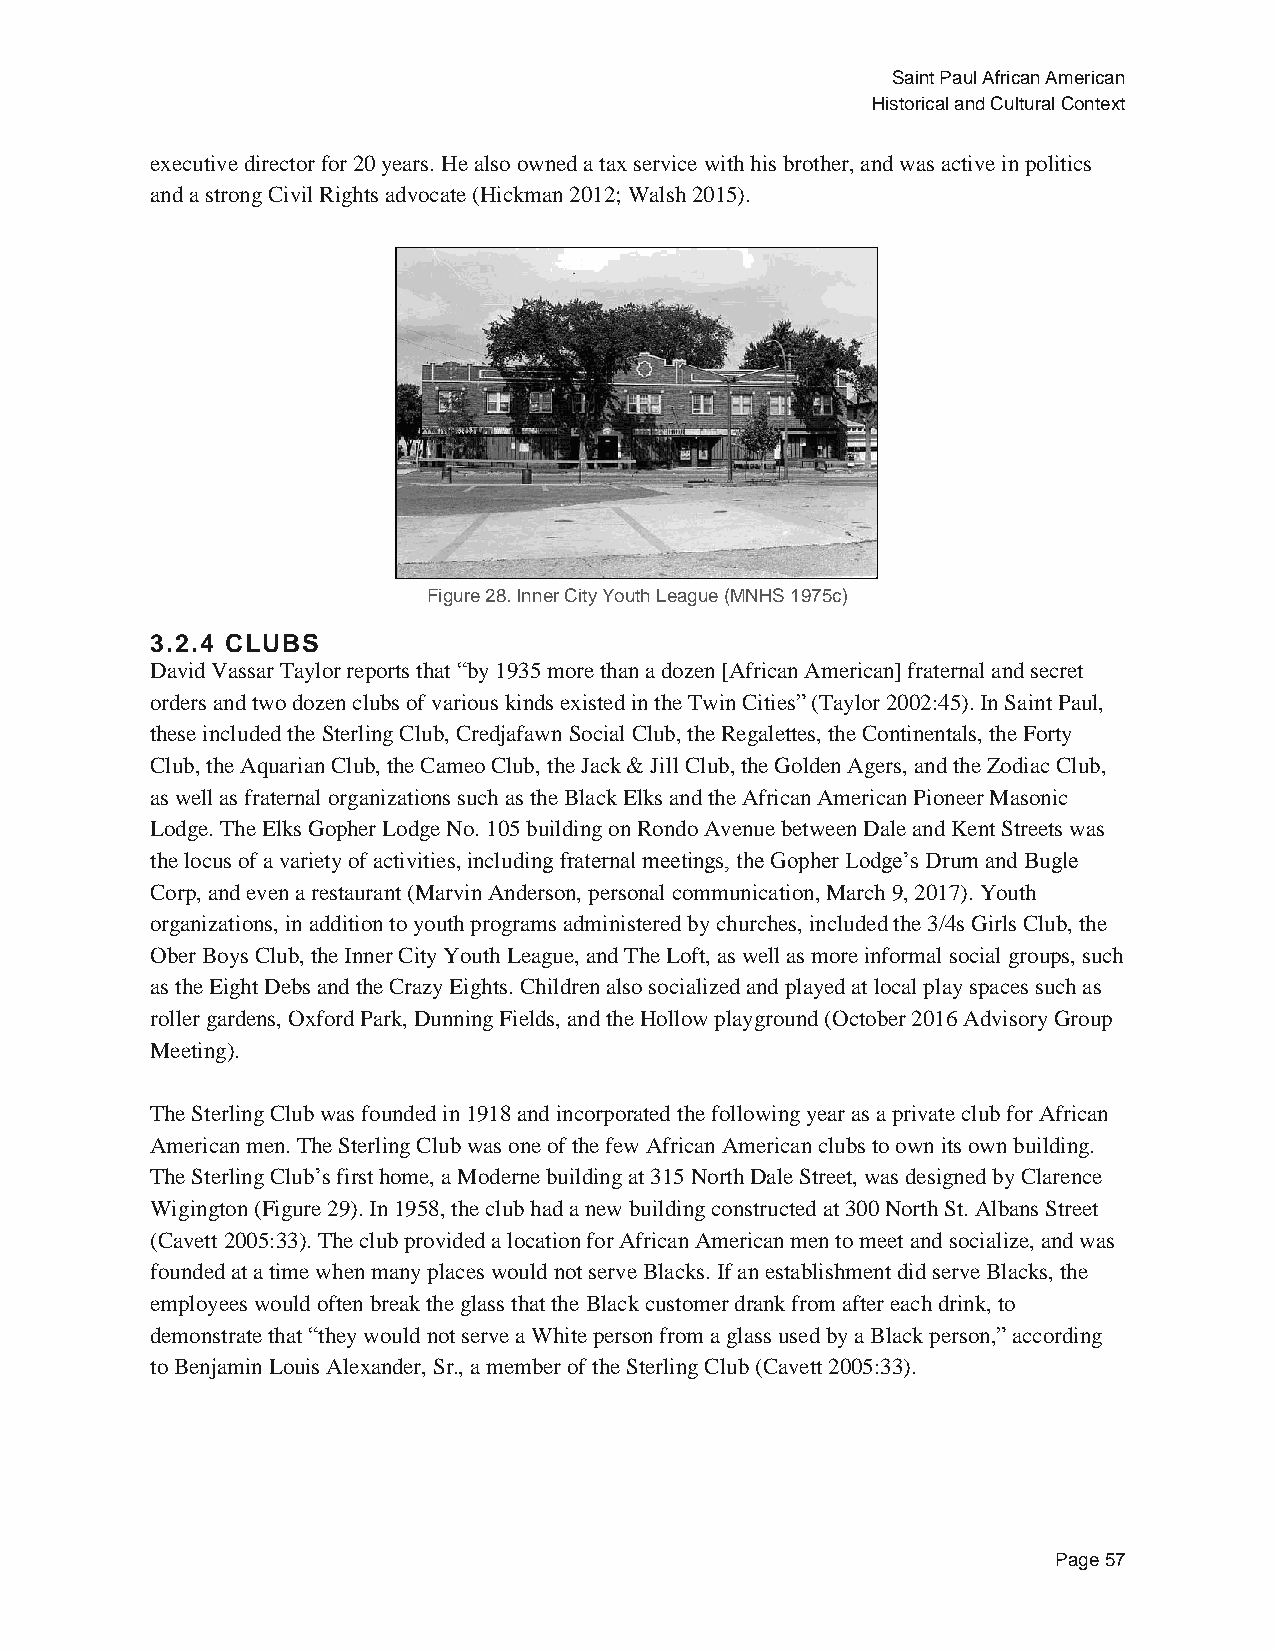
Saint Paul African American
 Historical and Cultural Context
 executive director for 20 years. He also owned a tax service with his brother, and was active in politics
 and a strong Civil Rights advocate (Hickman 2012; Walsh 2015).
 Figure 28. Inner City Youth League (MNHS 1975c)
 3.2.4 CLUBS
 David Vassar Taylor reports that “by 1935 more than a dozen [African American] fraternal and secret
 orders and two dozen clubs of various kinds existed in the Twin Cities” (Taylor 2002:45). In Saint Paul,
 these included the Sterling Club, Credjafawn Social Club, the Regalettes, the Continentals, the Forty
 Club, the Aquarian Club, the Cameo Club, the Jack & Jill Club, the Golden Agers, and the Zodiac Club,
 as well as fraternal organizations such as the Black Elks and the African American Pioneer Masonic
 Lodge. The Elks Gopher Lodge No. 105 building on Rondo Avenue between Dale and Kent Streets was
 the locus of a variety of activities, including fraternal meetings, the Gopher Lodge’s Drum and Bugle
 Corp, and even a restaurant (Marvin Anderson, personal communication, March 9, 2017). Youth
 organizations, in addition to youth programs administered by churches, included the 3/4s Girls Club, the
 Ober Boys Club, the Inner City Youth League, and The Loft, as well as more informal social groups, such
 as the Eight Debs and the Crazy Eights. Children also socialized and played at local play spaces such as
 roller gardens, Oxford Park, Dunning Fields, and the Hollow playground (October 2016 Advisory Group
 Meeting).
 The Sterling Club was founded in 1918 and incorporated the following year as a private club for African
 American men. The Sterling Club was one of the few African American clubs to own its own building.
 The Sterling Club’s first home, a Moderne building at 315 North Dale Street, was designed by Clarence
 Wigington (Figure 29). In 1958, the club had a new building constructed at 300 North St. Albans Street
 (Cavett 2005:33). The club provided a location for African American men to meet and socialize, and was
 founded at a time when many places would not serve Blacks. If an establishment did serve Blacks, the
 employees would often break the glass that the Black customer drank from after each drink, to
 demonstrate that “they would not serve a White person from a glass used by a Black person,” according
 to Benjamin Louis Alexander, Sr., a member of the Sterling Club (Cavett 2005:33).
 Page 57